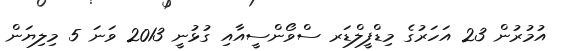
އުމުރުން 23 އަހަރުގެ މިޑްފީލްޑަރ ސްވޯންސީއާއި ގުޅުނީ 2013 ވަނަ 5 މިލިޔަން